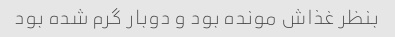
بنظر غذاش مونده بود و دوبار گرم شده بود